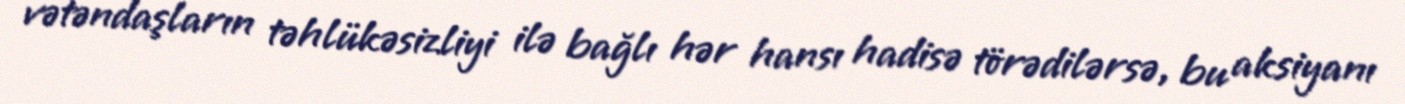
vətəndaşların təhlükəsizliyi ilə bağlı hər hansı hadisə törədilərsə, bu aksiyanı